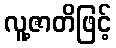
လူ့ဇာတိဖြင့်